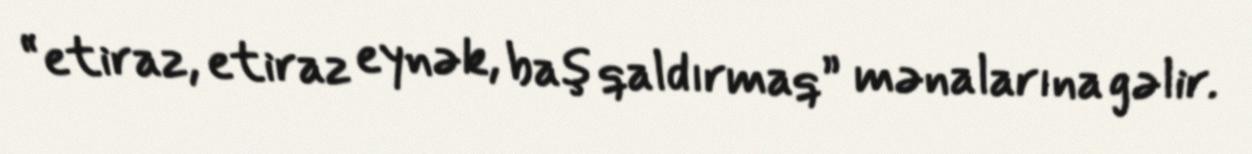
“etiraz, etiraz eynək, baş qaldırmaq” mənalarına gəlir.